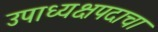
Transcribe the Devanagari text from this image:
उपाध्यक्षपदाचा